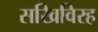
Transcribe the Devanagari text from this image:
सखिविरह